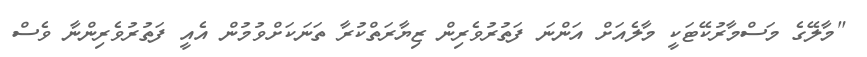
"މާލޭގެ މަސްމާރުކޭޓަކީ މާލެއަށް އަންނަ ފަތުރުވެރިން ޒިޔާރަތްކުރާ ތަނަކަށްވުމުން އެއީ ފަތުރުވެރިންނާ ވެސް